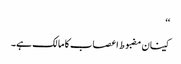
‘‘
کینان مضبوط اعصاب کا مالک ہے۔